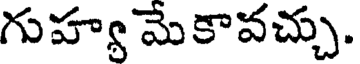
గుహ్య మె కావచ్చు.